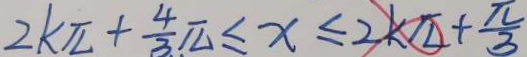
2 k \pi + \frac { 4 } { 3 } \pi \leq x \leq 2 k \pi + \frac { \pi } { 3 }